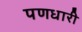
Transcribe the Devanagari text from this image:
पणधारी